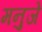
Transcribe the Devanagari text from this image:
मनुजे